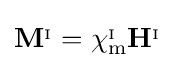
\mathbf {M} ^{_{\mathrm {I} }}=\chi _{\mathrm {m} }^{_{\mathrm {I} }}\mathbf {H} ^{_{\mathrm {I} }}